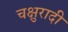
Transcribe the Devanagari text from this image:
चक्षुरादी